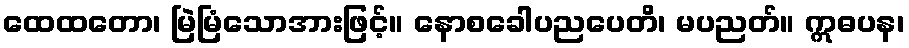
ထေထတော၊ မြဲမြံသောအားဖြင့်။ နောစခေါပညပေတိ၊ မပညတ်။ ဣဓပန၊